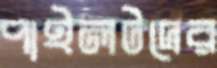
পাইলটদের